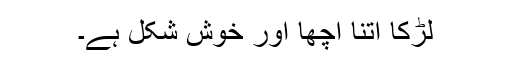
لڑکا اتنا اچھا اور خوش شکل ہے۔